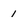
Character: 1